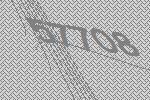
57708